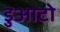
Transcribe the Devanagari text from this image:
डुआटो